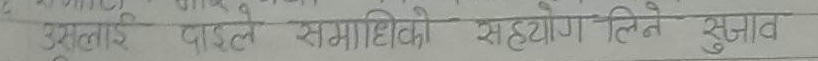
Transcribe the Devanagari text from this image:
उल्टाइ पार्टले समाधिको सहयोग लिने सुझाव